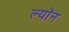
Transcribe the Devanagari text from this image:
ल्याॅन